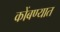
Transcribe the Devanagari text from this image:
कोंबण्यात